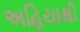
અહિયાથી